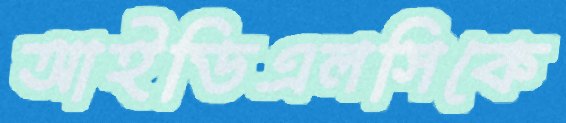
আইডিএলসিকে